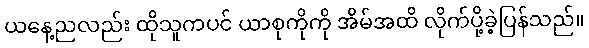
ယနေ့ညလည်း ထိုသူကပင် ယာစုကိုကို အိမ်အထိ လိုက်ပို့ခဲ့ပြန်သည်။